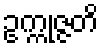
ဥက္ကုဇ္ဇတိ